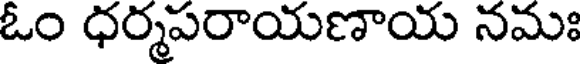
ఓం ధర్మపరాయణాయ నమః